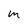
Character: m